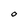
Character: O